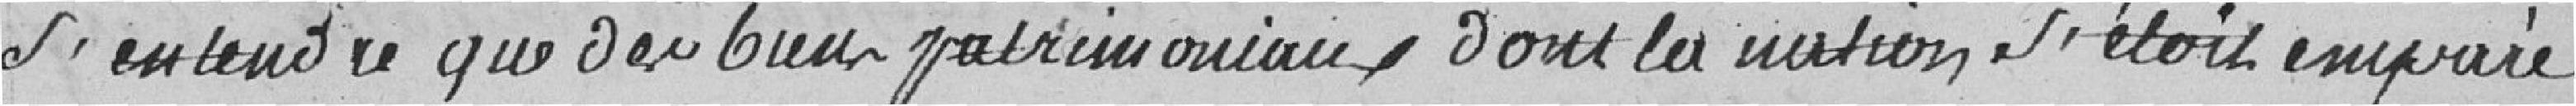
s'entendre que des biens patrimoniaux dont la nation s'était emparé